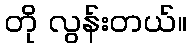
တို လွန်းတယ်။